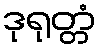
ဒုရုတ္တံ